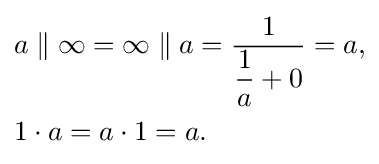
{\begin{aligned}&a\parallel \infty =\infty \parallel a={\frac {1}{{\dfrac {1}{a}}+0}}=a,\\&1\cdot a=a\cdot 1=a.\end{aligned}}